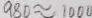
9 8 0 \approx 1 0 0 0